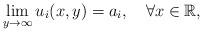
LaTeX: \begin{align*}\lim_{y\to \infty} u_i( x,y)=a_i, \ \ \ \forall x\in\mathbb{R}, \end{align*}